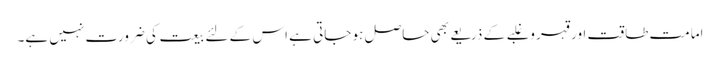
امامت طاقت اور قہر و غلبے کے ذریعے بھی حاصل ہو جاتی ہے اس کے لئے بیعت کی ضرورت نہیں ہے۔